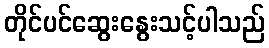
တိုင်ပင်ဆွေးနွေးသင့်ပါသည်